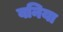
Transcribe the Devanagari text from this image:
वनिया